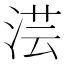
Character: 𣶽